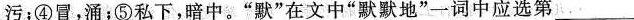
污；④冒，涌；⑤私下，暗中。”默”在文中”默默地”一词中应选第___